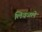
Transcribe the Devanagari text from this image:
लिवळले